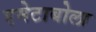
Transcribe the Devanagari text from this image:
एमेटाबोला